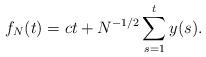
LaTeX: \begin{align*}f_N(t) = ct + N^{-1/2}\sum_{s=1}^t y(s). \end{align*}